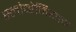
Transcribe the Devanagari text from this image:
स्लोव्हेनियाचा